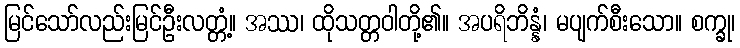
မြင်သော်လည်းမြင်ဦးလတ္တံ့။ အဿ၊ ထိုသတ္တဝါတို့၏။ အပရိဘိန္နံ၊ မပျက်စီးသော။ စက္ခု၊